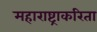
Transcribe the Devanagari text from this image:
महाराष्ट्राकरिता